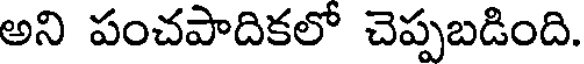
అని పంచపాదికలో చెప్పబడింది.